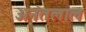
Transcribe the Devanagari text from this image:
अनंतलाल